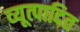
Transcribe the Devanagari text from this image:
व्यूत्पादित